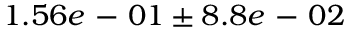
1 . 5 6 e \mathrm { ~ - ~ } 0 1 \pm 8 . 8 e \mathrm { ~ - ~ } 0 2